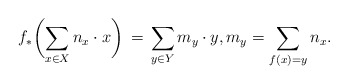
\begin{align*} f_*\biggl( \sum_{x\in X} n_x \cdot x\biggr) \,=\, \sum_{y\in Y} m_y\cdot y, m_y = \sum_{f(x)=y} n_x. \end{align*}